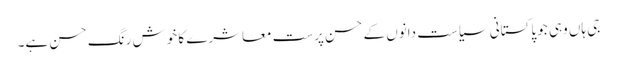
جی ہاں وہی جو پاکستانی سیاست دانوں کے حسن پرست معاشرے کا خوش رنگ حسن ہے۔